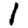
Digit: 1